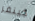
جينفر